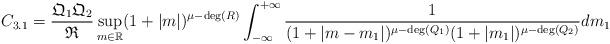
LaTeX: \begin{align*}C_{3.1} = \frac{\mathfrak{Q}_{1}\mathfrak{Q}_{2}}{\mathfrak{R}}\sup_{m \in \mathbb{R}} (1+|m|)^{\mu - \mathrm{deg}(R)} \int_{-\infty}^{+\infty}\frac{1}{(1+|m-m_{1}|)^{\mu - \mathrm{deg}(Q_{1})}(1+|m_{1}|)^{\mu - \mathrm{deg}(Q_{2})}} dm_{1} \end{align*}